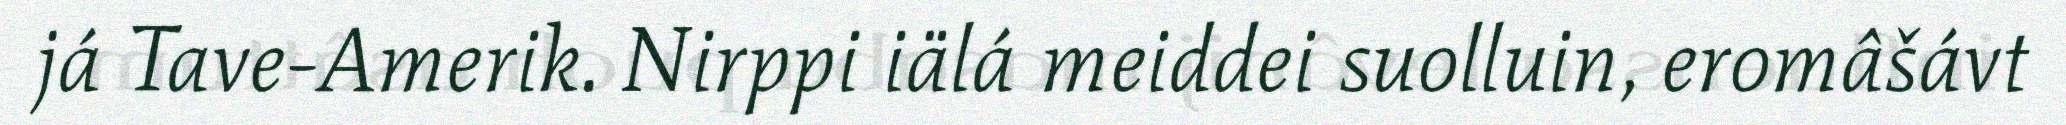
já Tave-Amerik. Nirppi iälá meiddei suolluin, eromâšávt